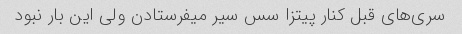
سری‌های قبل کنار پیتزا سس سیر میفرستادن ولی این بار نبود